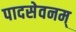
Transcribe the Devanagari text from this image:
पादसेवनम्